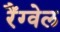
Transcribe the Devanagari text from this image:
रैंग्वेल